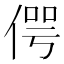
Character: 偔